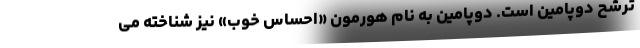
ترشح دوپامین است. دوپامین به نام هورمون «احساس خوب» نیز شناخته می